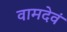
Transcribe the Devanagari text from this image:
वामदेवं